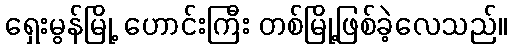
ရှေးမွန်မြို့ ဟောင်းကြီး တစ်မြို့ဖြစ်ခဲ့လေသည်။